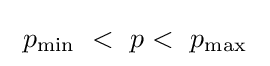
\ p_{\min }~<~p<~p_{\max }\